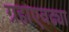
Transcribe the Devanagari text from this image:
ग्रहाएवढ्या